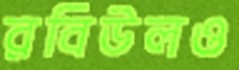
রবিউলও